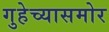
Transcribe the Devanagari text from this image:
गुहेच्यासमोर